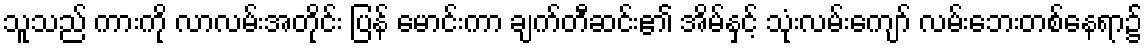
သူသည် ကားကို လာလမ်းအတိုင်း ပြန် မောင်းကာ ချက်တီဆင်း၏ အိမ်နှင့် သုံးလမ်းကျော် လမ်းဘေးတစ်နေရာ၌